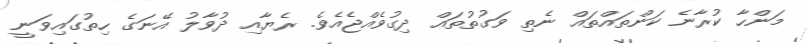
މަންހާ ކުރާނެ ކަންތައްތައް ނެތި ވަގުތުތައް ދިގުވެއްޖެއެވެ. ރެޔާއި ދުވާލު އޭނަގެ ހިތުގައިވަނީ